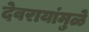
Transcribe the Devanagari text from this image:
देवरायांमुळे